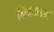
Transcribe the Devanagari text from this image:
निकालावं